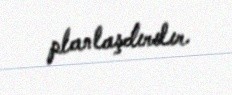
planlaşdırılır.